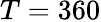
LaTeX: T=360